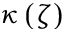
\kappa \left( \zeta \right)